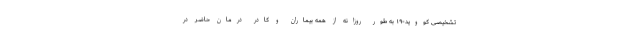
تشخیصی کووید-۱۹ به طور روزانه از همه بیماران و کادر درمان حاضر در